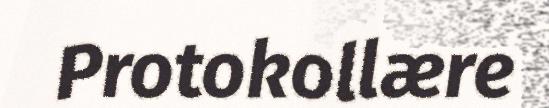
Protokollære